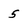
Character: 5